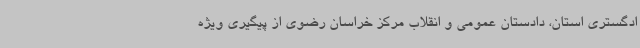
ادگستری استان، دادستان عمومی و انقلاب مرکز خراسان رضوی از پیگیری ویژه